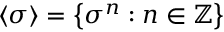
\langle \sigma \rangle = \left\{ \sigma ^ { n } : n \in \mathbb { Z } \right\}